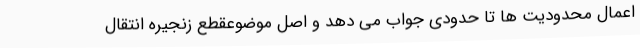
اعمال محدودیت ها تا حدودی جواب می دهد و اصل موضوعقطع زنجیره انتقال